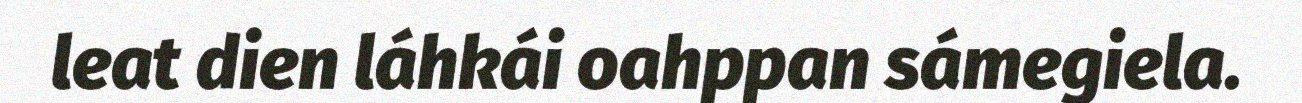
leat dien láhkái oahppan sámegiela.